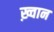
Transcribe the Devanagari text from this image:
ख़्वान